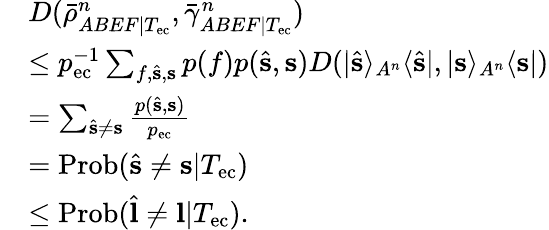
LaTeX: \begin{array}{rl}&{D(\bar{\rho}_{ABEF|T_{\mathrm{ec}}}^{n},\bar{\gamma}_{ABEF|T_{\mathrm{ec}}}^{n})}\\ &{\leq p_{\mathrm{ec}}^{-1}\sum_{f,\hat{\mathbf{s}},\mathbf{s}}p(f)p(\hat{\mathbf{s}},\mathbf{s})D(\vert\hat{\mathbf{s}}\rangle_{A^{n}}\langle\hat{\mathbf{s}}\vert,\vert\mathbf{s}\rangle_{A^{n}}\langle\mathbf{s}\vert)}\\ &{=\sum_{\hat{\mathbf{s}}\neq\mathbf{s}}\frac{p(\hat{\mathbf{s}},\mathbf{s})}{p_{\mathrm{ec}}}}\\ &{=\mathrm{Prob}(\hat{\mathbf{s}}\neq\mathbf{s}|T_{\mathrm{ec}})}\\ &{\leq\mathrm{Prob}(\hat{\mathbf{l}}\neq\mathbf{l}|T_{\mathrm{ec}}).}\end{array}